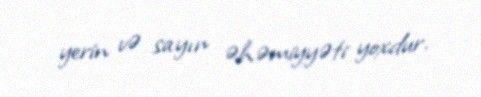
yerin və sayın əhəmiyyəti yoxdur.